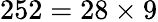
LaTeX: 252=28\times 9